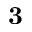
\mathbf { 3 }